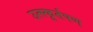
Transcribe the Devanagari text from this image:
उत्स्फूर्तपण